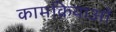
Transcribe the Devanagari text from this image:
कामक्रियाओं